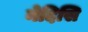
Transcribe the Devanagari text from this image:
नेदिसि